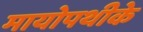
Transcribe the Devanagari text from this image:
मायोपथीके